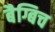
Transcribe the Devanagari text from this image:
बैग्बिच